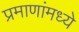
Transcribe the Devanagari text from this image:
प्रमाणांमध्ये